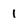
Character: 1